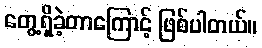
တွေ့ရှိခဲ့တာကြောင့် ဖြစ်ပါတယ်။